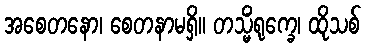
အစေတနော၊ စေတနာမရှိ။ တသ္မိံရုက္ခေ၊ ထိုသစ်